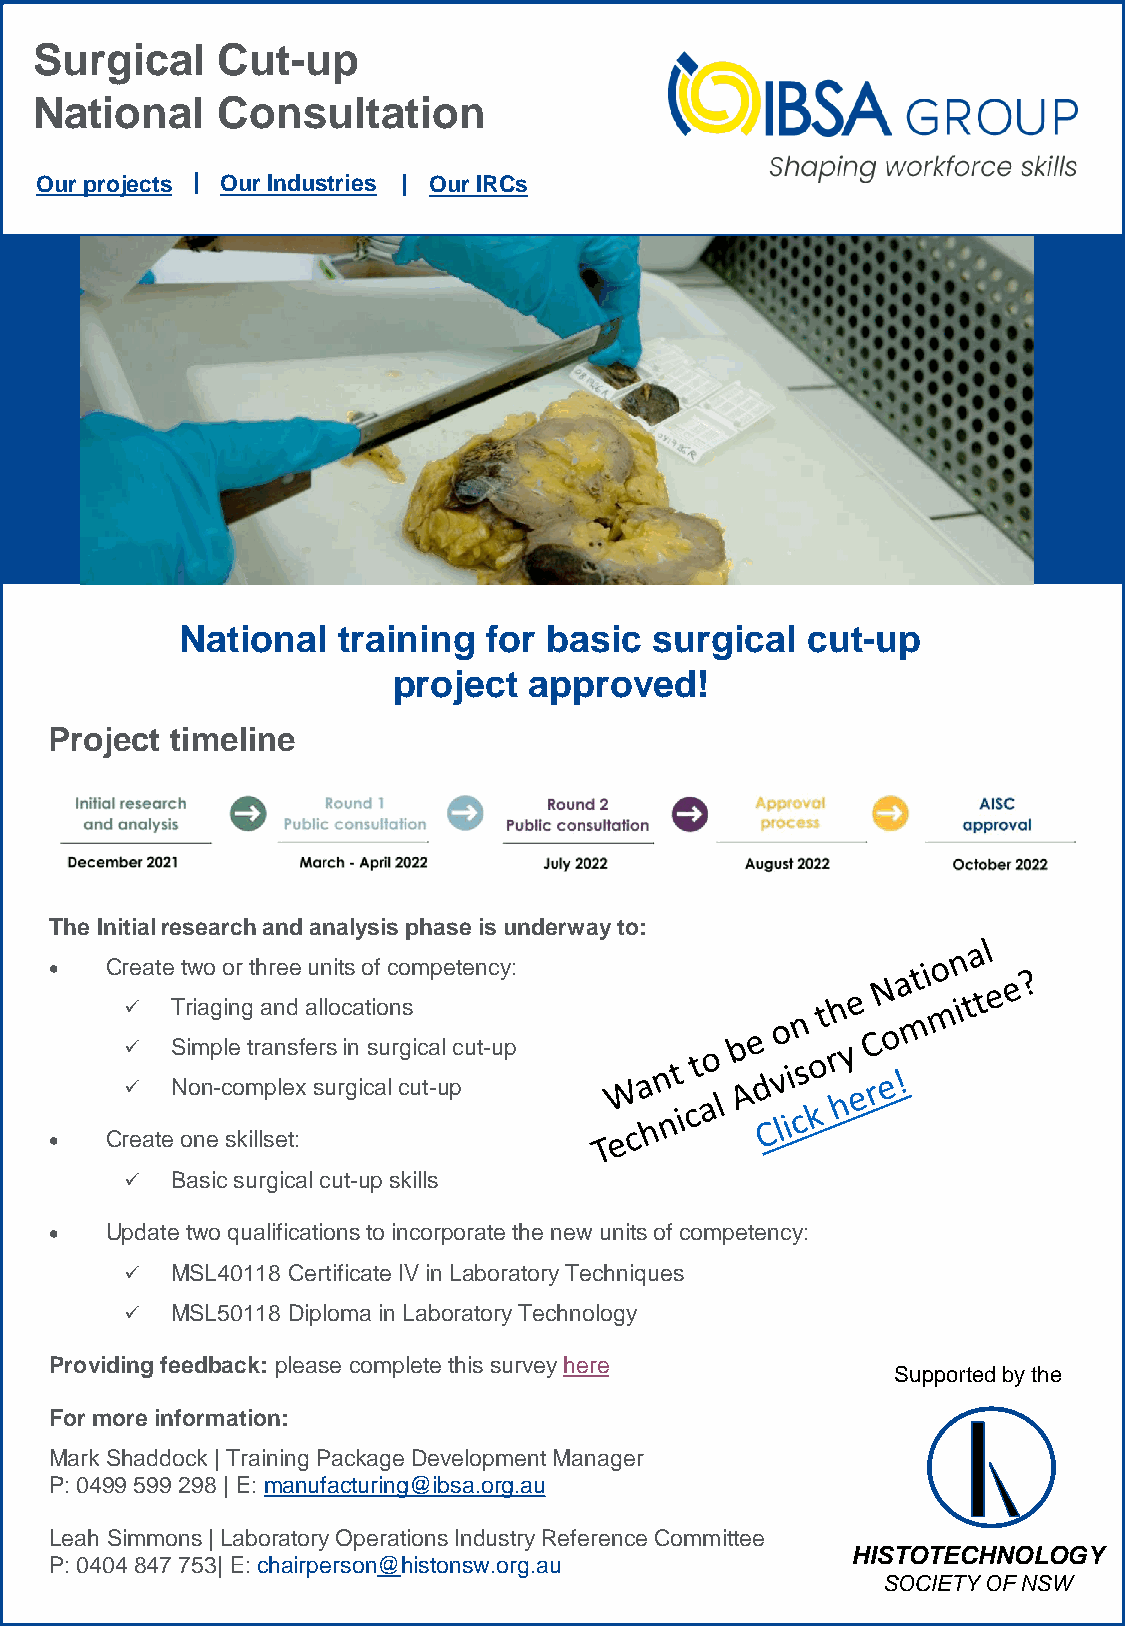
Surgical    Cut-up
 National    Consultation
 Our projects | Our Industries | Our IRCs
 National  training  for basic  surgical  cut-up
 project  approved!
 Project timeline
 The Initialresearch and analysis phase is underway to:
 •   Create two or threeunits of competency:
 ✓  Triaging and allocations
 ✓  Simple transfers in surgical cut-up
 ✓  Non-complex surgical cut-up
 •   Create one skillset:
 ✓  Basic surgical cut-up skills
 •   Update two qualifications to incorporate the new units of competency:
 ✓  MSL40118 Certificate IV in Laboratory Techniques
 ✓  MSL50118 Diploma in Laboratory Technology
 Providing feedback: please complete this survey here
 Supported by the
 For more information:
 Mark Shaddock | Training Package Development Manager
 P: 0499 599 298 | E: manufacturing@ibsa.org.au
 Leah Simmons | Laboratory Operations Industry Reference Committee
 HISTOTECHNOLOGY
 P: 0404 847 753| E: chairperson@histonsw.org.au
 SOCIETY OF NSW